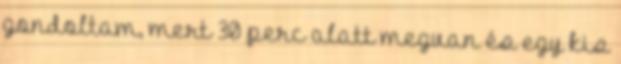
gondoltam, mert 30 perc alatt megvan és egy kis